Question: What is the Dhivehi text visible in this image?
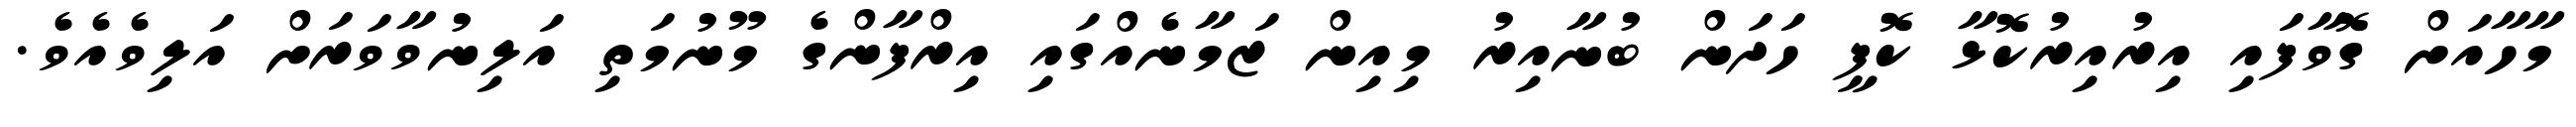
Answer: މާހާއަށް ގޮވާފައި އިރުއިރުކޮޅާ ކޮފީ ހަދަން ބުނާއިރު މިއިން ޒަމާނެއްގައި އިރްފާންގެ މޫނުމަތި އަލިނުވާވަރަށް އަލިވެއެވެ.